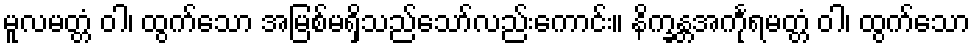
မူလမတ္တံ ဝါ၊ ထွက်သော အမြစ်မရှိသည်သော်လည်းကောင်း။ နိက္ခန္တအင်္ကုရမတ္တံ ဝါ၊ ထွက်သော